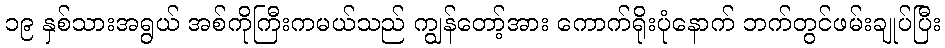
၁၉ နှစ်သားအရွယ် အစ်ကိုကြီးကမယ်သည် ကျွန်တော့်အား ကောက်ရိုးပုံနောက် ဘက်တွင်ဖမ်းချုပ်ပြီး